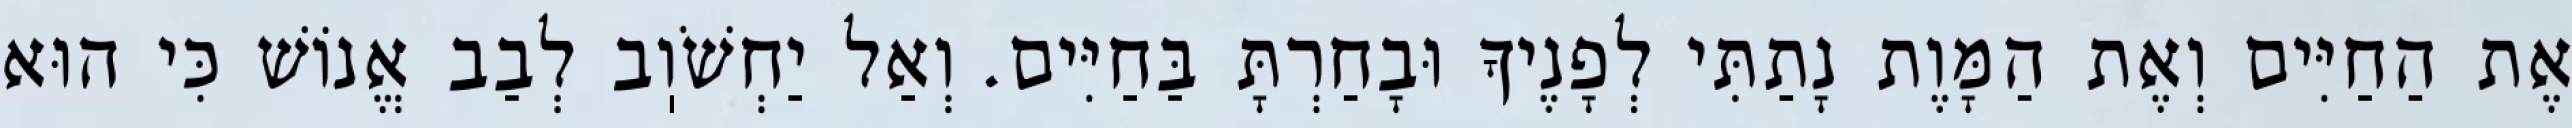
אֶת הַחַיִּים וְאֶת הַמָּוֶת נָתַתִּי לְפָנֶיךָ וּבָחַרְתָּ בַּחַיִּים. וְאַל יַחְשֹׁוֽב לְבַב אֱנוֹשׁ כִּי הוּא